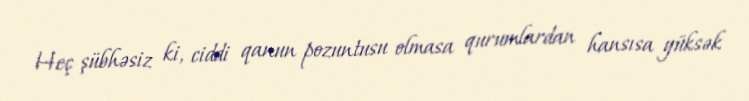
Heç şübhəsiz ki, ciddi qanun pozuntusu olmasa qurumlardan hansısa yüksək